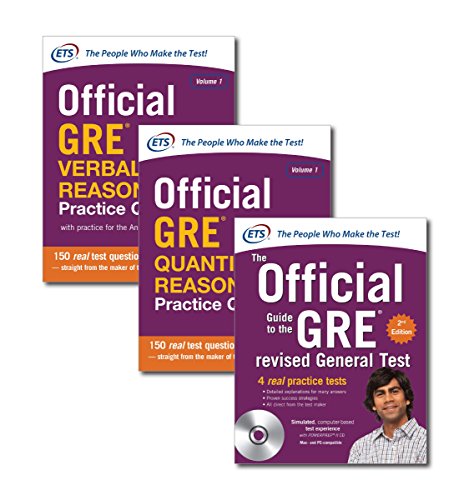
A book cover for Official GRE Super Power Pack; Educational Testing Service; Test Preparation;